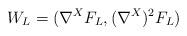
LaTeX: \begin{align*} W_L = (\nabla^X F_L , (\nabla^X)^2 F_L ) \end{align*}